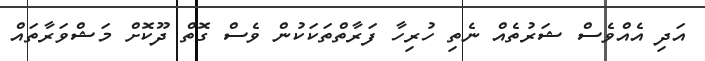
އަދި އެއްވެސް ޝަރުތެއް ނެތި ހުރިހާ ފަރާތްތަކަކުން ވެސް ގޮތް ދޫކޮށް މަޝްވަރާތައް